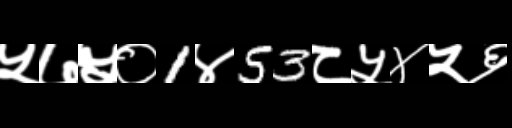
Text: ५७५०1४53८५४५६